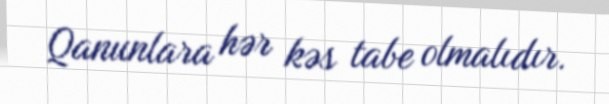
Qanunlara hər kəs tabe olmalıdır.